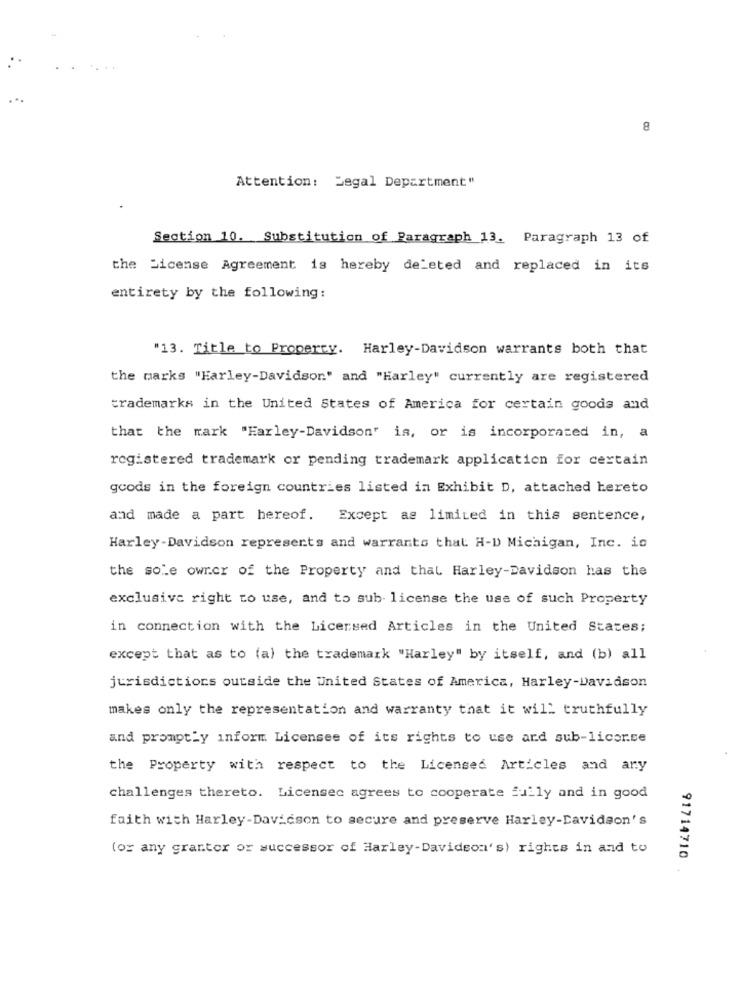
...
8
Attention: Legal Department"
Section 10. Substitution of Paragraph 13. Paragraph 13 of
the License Agreement is hereby deleted and replaced in its
entirety by the following:
"13. Title to Property. Harley-Davidson warrants both that
the marks "Harley-Davidson." and "Harley" currently are registered
trademarks in the United States of America for certain goods and
that the mark "Harley-Davidson" is, or is incorporated in, a
registered trademark or pending trademark application for certain
goods in the foreign countries listed in Exhibit D, attached hereto
and made a part hereof. Except as limited in this sentence,
Harley-Davidson represents and warrants that H-D Michigan, Inc. is
the sole owner of the Property and thal Harley-Davidson has the
exclusive right to use, and to sub license the use of such Property
in connection with the Licensed Articles in the United States;
except that as to (a) the trademark "Harley" by itself, and (b) all
jurisdictions outside the United States of America, Harley-Davidson
makes only the representation and warranty that it will truthfully
and promptly inform. Licensee of its rights to use and sub-licor.se
the Property with respect to the Licensed Articles and any
challenges thereto. Licensec agrees to cooperate fully and in good
faith with Harley-Davidson to secure and preserve Harley-Davidson's
(or any grantor or successor of Harley-Davidson's) rights in and to
91714710